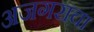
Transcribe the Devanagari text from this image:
अजगराचा